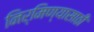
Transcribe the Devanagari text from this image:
निर्मिण्यासाठी